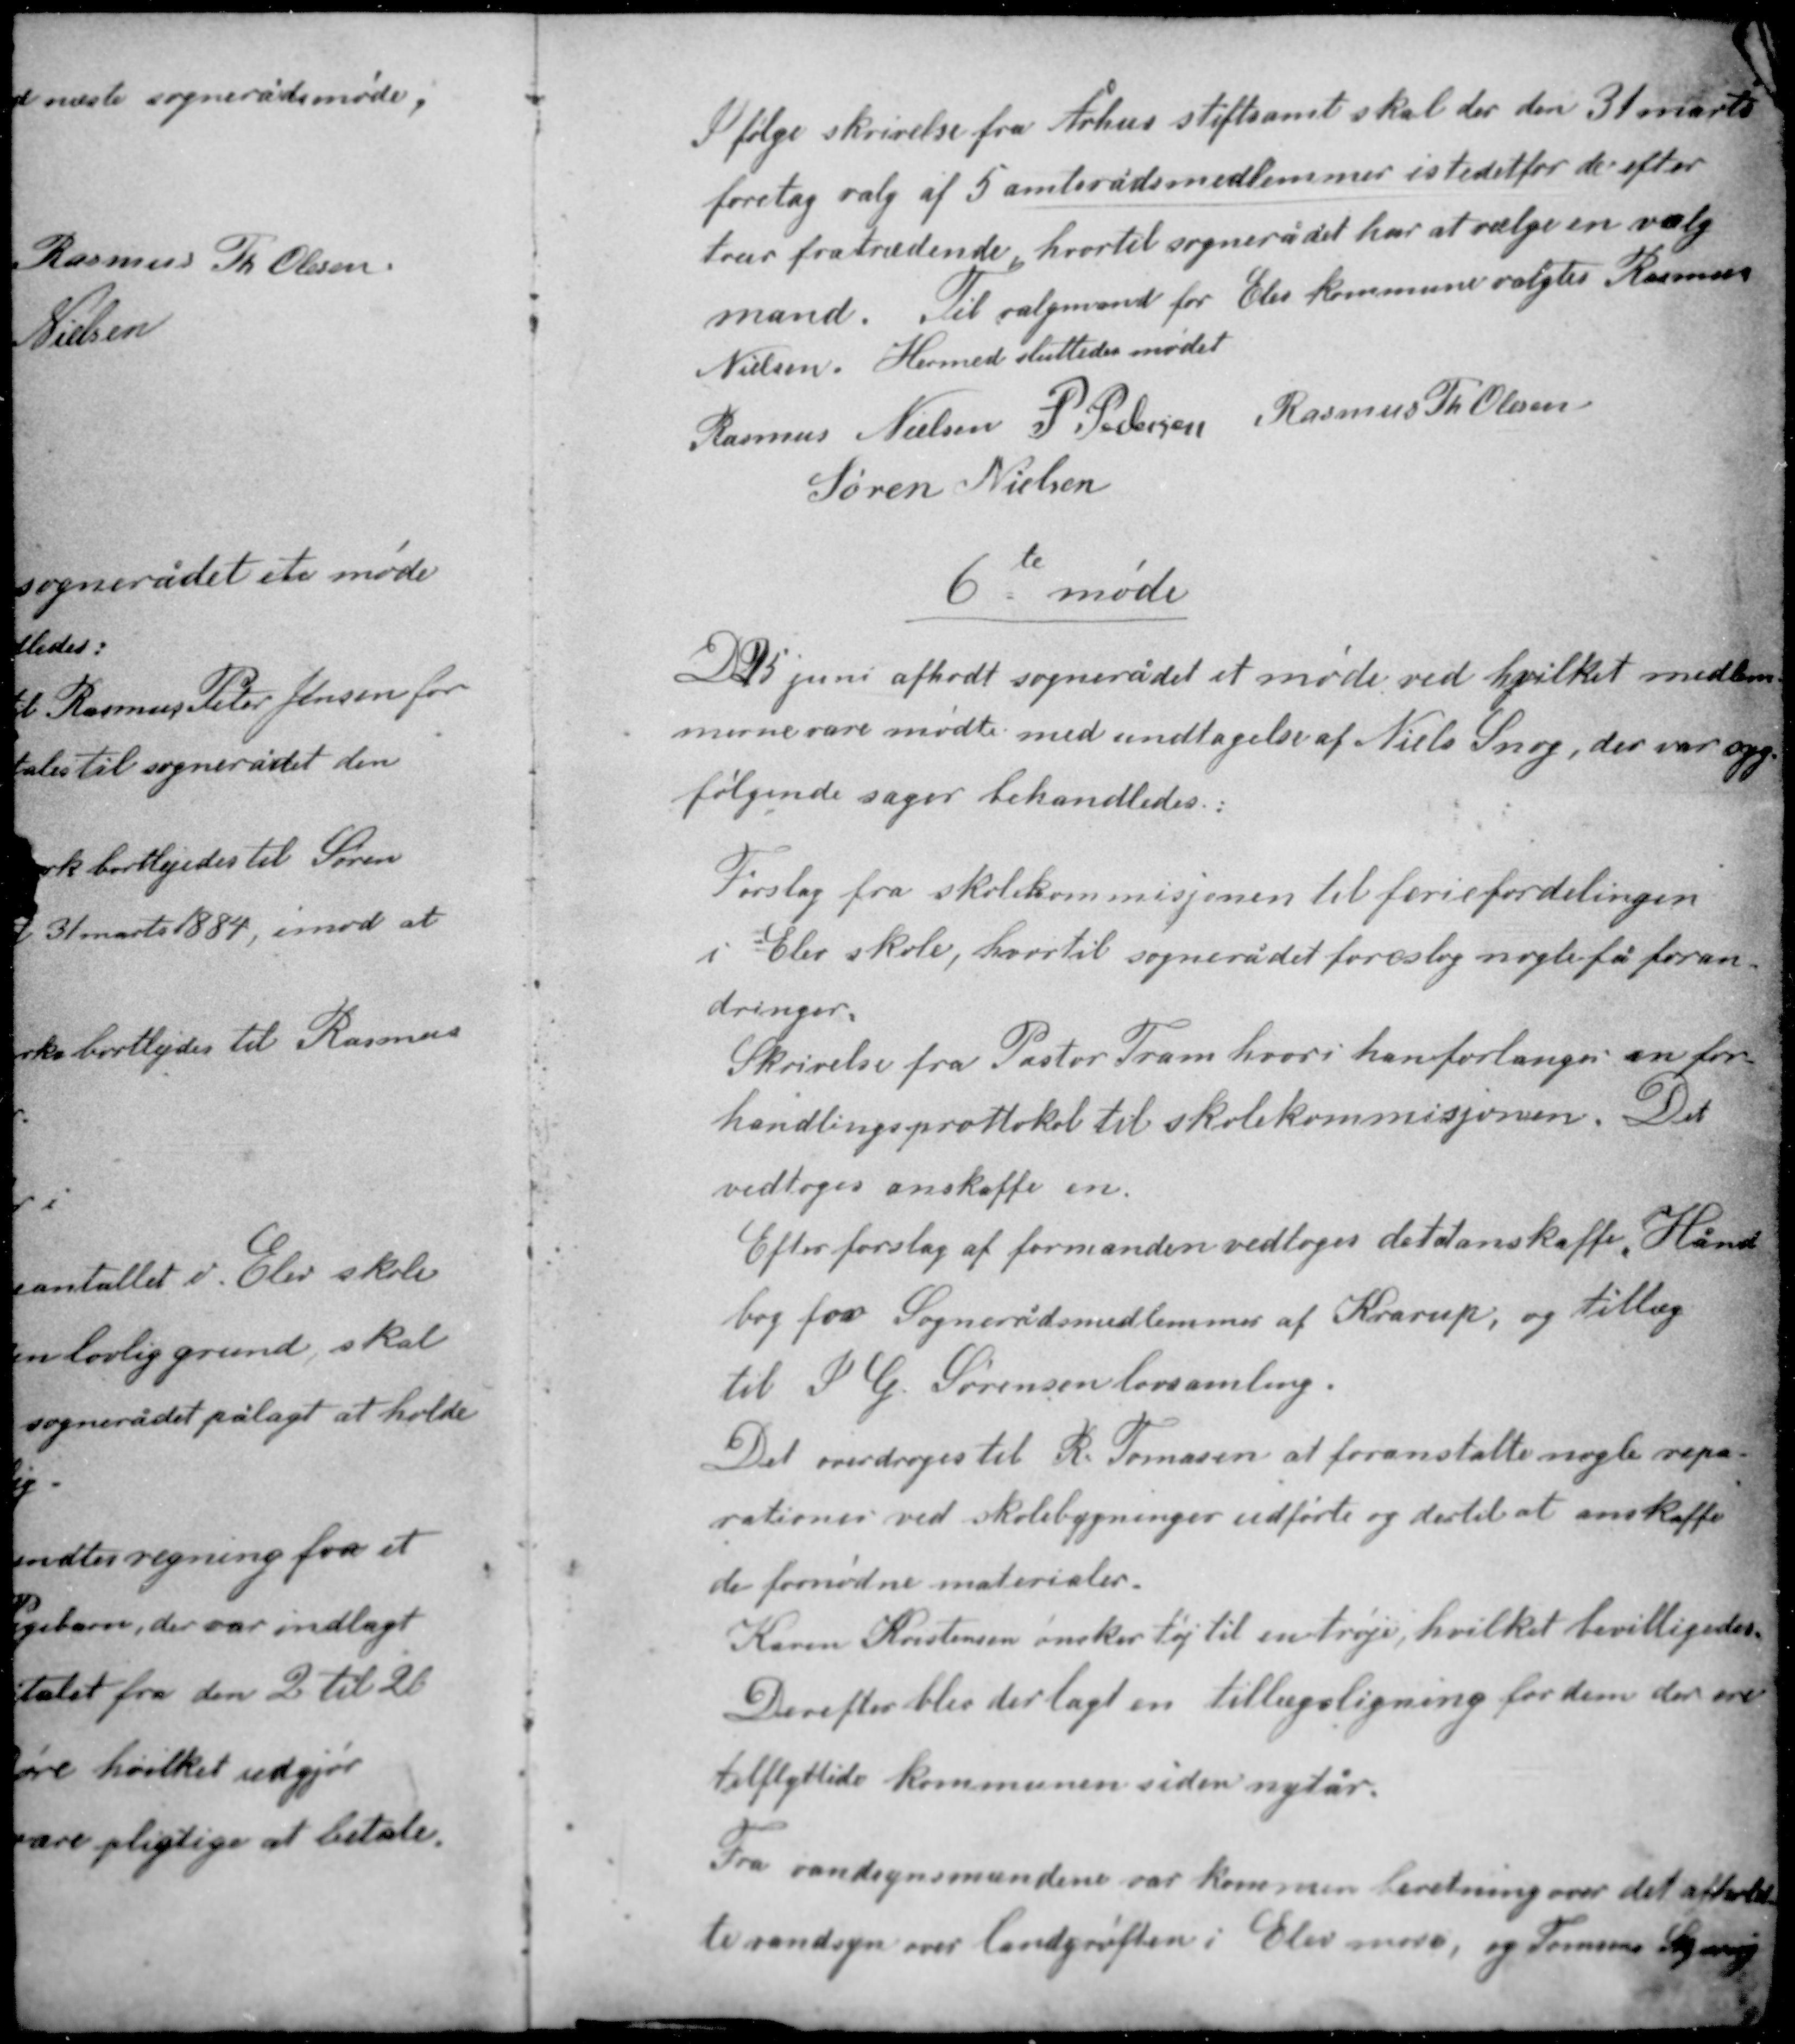
Transskription:
Ifølge skrivelse fra Århus stiftamt skal der den 31 marts
foretag valg af 5 amtsrådsmedlemmer i stedet for de efter
trur fratrædende, hvortil sognerådet har at vælge en valg-
mand. Til valgmand for Elev kommune valgtes Rasmus
Nielsen. Hermed sluttedes mødet.

Rasmus Nielsen P. Pedersen Rasmus Th. Olesen
Søren Nielsen

te
6 møde

D 25 juni afholdt sognerådet et møde ved hvilket medlem-
merne vare mødte med undtagelse af Niels Snog, der var syg.
følgende sager behandledes

Forslag fra skolekommisjonen til feriefordelingen
i Elev skole, hvortil sognerådet foreslog nogle få foran-
dringer.
Skrivelse fra Pastor Tram hvori han forlanger en for-
handlingsprotokol til skolekommisjonen. Det
vedtoges anskaffe en.

Efter forslag af formanden vedtoges det at anskaffe Hånd-
bog for Sognerådsmedlemmer af Krarup, og tillæg
til P. G. Sørensen lovsamling.
Det overdroges til R. Tomasen at foranstalte nogle repa-
rationer ved skolebygningen udførte og dertil at anskaffe
de fornødne materialer.

Karen Kristensen ønsker tøj til en trøje, hvilket bevilligedes.
Derefter blev der lagt en tillægsligning for dem der ere
tilflyttede kommunen siden nytår.
Fra randsynsmændene var kommen beretning over det afhold-
te randsyn over landgrøften i Elev mose, og Tomsens